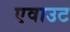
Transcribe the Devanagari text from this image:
एवाउट